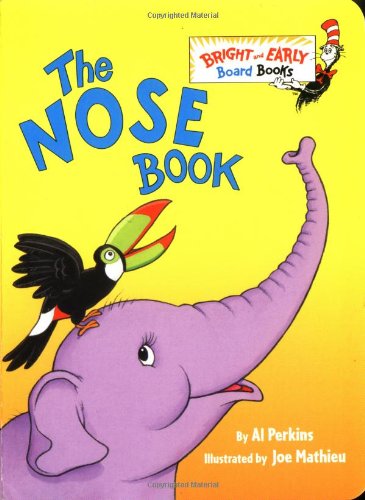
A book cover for The Nose Book; Al Perkins; Children's Books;